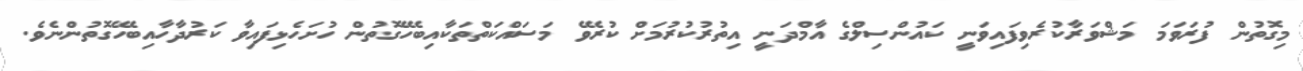
މިގޮތުން ފުރަވަމަ މަޝްވަރާކުރެވިފައިވަނީ ކައުންސިލްގެ އާމްދަނީ އިތުރުކުރުމަށް ކުރެވޭ މަސައްކަތްތަކާއިބެހޭގޮތުން ހުށަހެޅިފައިވާ ކަރުދާހާއިބެހޭގޮތުންނެވެ.